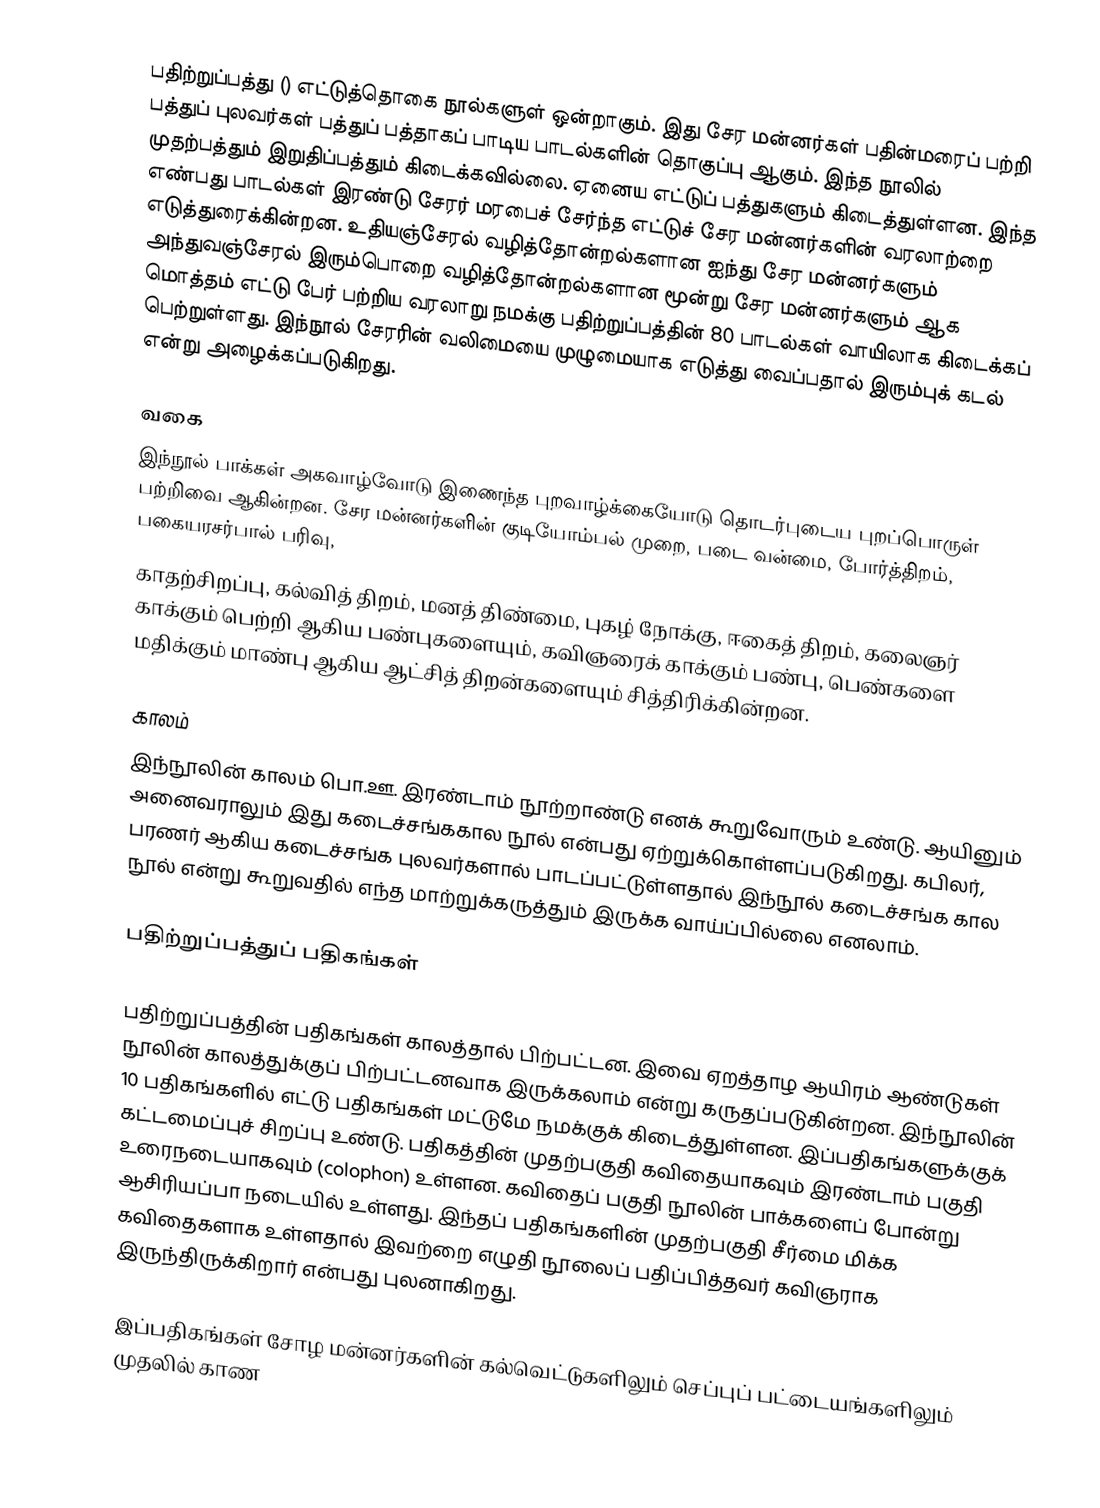
பதிற்றுப்பத்து () எட்டுத்தொகை நூல்களுள் ஒன்றாகும். இது சேர மன்னர்கள் பதின்மரைப் பற்றி பத்துப் புலவர்கள் பத்துப் பத்தாகப் பாடிய பாடல்களின் தொகுப்பு ஆகும். இந்த நூலில் முதற்பத்தும் இறுதிப்பத்தும் கிடைக்கவில்லை. ஏனைய எட்டுப் பத்துகளும் கிடைத்துள்ளன. இந்த எண்பது பாடல்கள் இரண்டு சேரர் மரபைச் சேர்ந்த எட்டுச் சேர மன்னர்களின் வரலாற்றை எடுத்துரைக்கின்றன. உதியஞ்சேரல் வழித்தோன்றல்களான ஐந்து சேர மன்னர்களும் அந்துவஞ்சேரல் இரும்பொறை வழித்தோன்றல்களான மூன்று சேர மன்னர்களும் ஆக மொத்தம் எட்டு பேர் பற்றிய வரலாறு நமக்கு பதிற்றுப்பத்தின்  80 பாடல்கள் வாயிலாக கிடைக்கப் பெற்றுள்ளது. இந்நூல் சேரரின் வலிமையை முழுமையாக எடுத்து வைப்பதால் இரும்புக் கடல் என்று அழைக்கப்படுகிறது.

வகை
இந்நூல் பாக்கள் அகவாழ்வோடு இணைந்த புறவாழ்க்கையோடு தொடர்புடைய புறப்பொருள் பற்றிவை ஆகின்றன. சேர மன்னர்களின் குடியோம்பல் முறை, படை வன்மை, போர்த்திறம், பகையரசர்பால் பரிவு,
காதற்சிறப்பு, கல்வித் திறம், மனத் திண்மை, புகழ் நோக்கு, ஈகைத் திறம், கலைஞர் காக்கும் பெற்றி ஆகிய பண்புகளையும், கவிஞரைக் காக்கும் பண்பு, பெண்களை மதிக்கும் மாண்பு ஆகிய ஆட்சித் திறன்களையும் சித்திரிக்கின்றன.

காலம்
இந்நூலின் காலம் பொ.ஊ. இரண்டாம் நூற்றாண்டு எனக் கூறுவோரும் உண்டு. ஆயினும் அனைவராலும் இது கடைச்சங்ககால நூல் என்பது ஏற்றுக்கொள்ளப்படுகிறது. கபிலர், பரணர் ஆகிய கடைச்சங்க புலவர்களால்  பாடப்பட்டுள்ளதால் இந்நூல் கடைச்சங்க கால நூல் என்று கூறுவதில் எந்த மாற்றுக்கருத்தும் இருக்க வாய்ப்பில்லை எனலாம்.

பதிற்றுப்பத்துப் பதிகங்கள்

பதிற்றுப்பத்தின் பதிகங்கள் காலத்தால் பிற்பட்டன. இவை ஏறத்தாழ ஆயிரம் ஆண்டுகள் நூலின் காலத்துக்குப் பிற்பட்டனவாக இருக்கலாம் என்று கருதப்படுகின்றன. இந்நூலின் 10 பதிகங்களில் எட்டு பதிகங்கள் மட்டுமே நமக்குக் கிடைத்துள்ளன.  இப்பதிகங்களுக்குக் கட்டமைப்புச் சிறப்பு உண்டு. பதிகத்தின் முதற்பகுதி கவிதையாகவும் இரண்டாம் பகுதி உரைநடையாகவும் (colophon) உள்ளன. கவிதைப் பகுதி நூலின் பாக்களைப் போன்று ஆசிரியப்பா நடையில் உள்ளது. இந்தப் பதிகங்களின் முதற்பகுதி சீர்மை மிக்க கவிதைகளாக உள்ளதால் இவற்றை எழுதி நூலைப் பதிப்பித்தவர் கவிஞராக இருந்திருக்கிறார் என்பது புலனாகிறது.

இப்பதிகங்கள் சோழ மன்னர்களின் கல்வெட்டுகளிலும் செப்புப் பட்டையங்களிலும் முதலில் காண